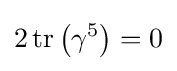
2\operatorname {tr} \left(\gamma ^{5}\right)=0